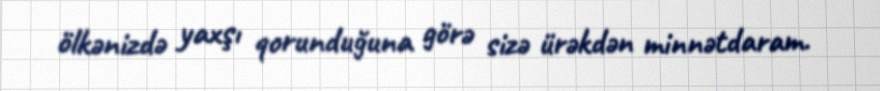
ölkənizdə yaxşı qorunduğuna görə sizə ürəkdən minnətdaram.